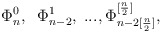
\begin{align*}\Phi_n^0,\;\; \Phi_{n-2}^1,\;...,\Phi_{n-2[\frac{n}{2}]}^{[\frac{n}{2}]},\end{align*}